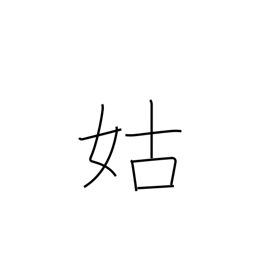
Meaning: mother-in-law